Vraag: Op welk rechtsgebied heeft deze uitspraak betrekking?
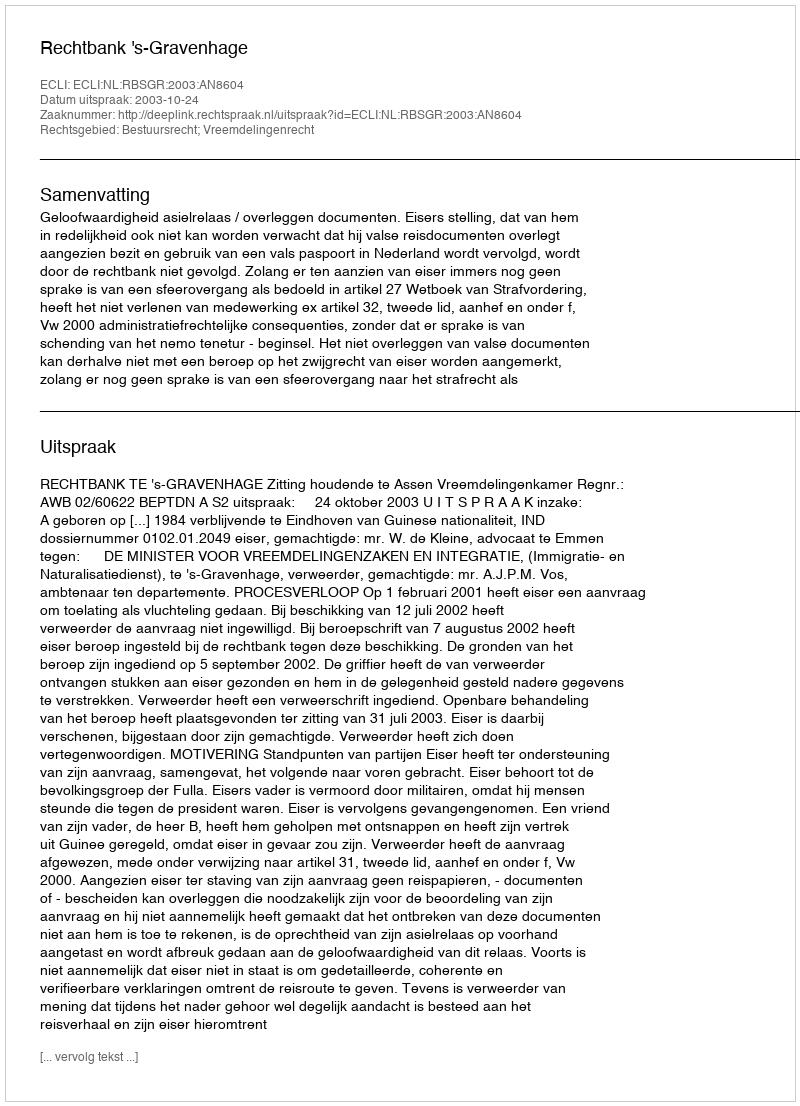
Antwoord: Bestuursrecht; Vreemdelingenrecht